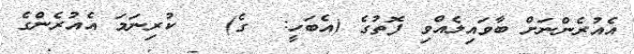
އެއުރެންނަށް ބާވައިލެއްވި ފޮތުގެ (އެބަހީ:  ގެ)   ކުރިނަމަ އެއުރެންގެ